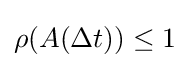
\rho (A(\Delta t))\leq 1